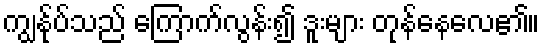
ကျွန်ုပ်သည် ကြောက်လွန်း၍ ဒူးများ တုန်နေလေ၏။